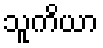
သူကိယာ